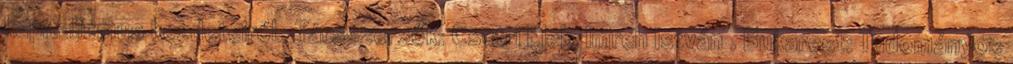
kapitalizmus kezdeteiről. Társszerzők: Csetri Elek; Imreh István . Bukarest: Tudományos